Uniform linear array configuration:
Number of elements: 48
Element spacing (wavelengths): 0.25
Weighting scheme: exponential
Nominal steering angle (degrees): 30
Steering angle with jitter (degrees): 30.096
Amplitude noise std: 0.05
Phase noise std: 0.05

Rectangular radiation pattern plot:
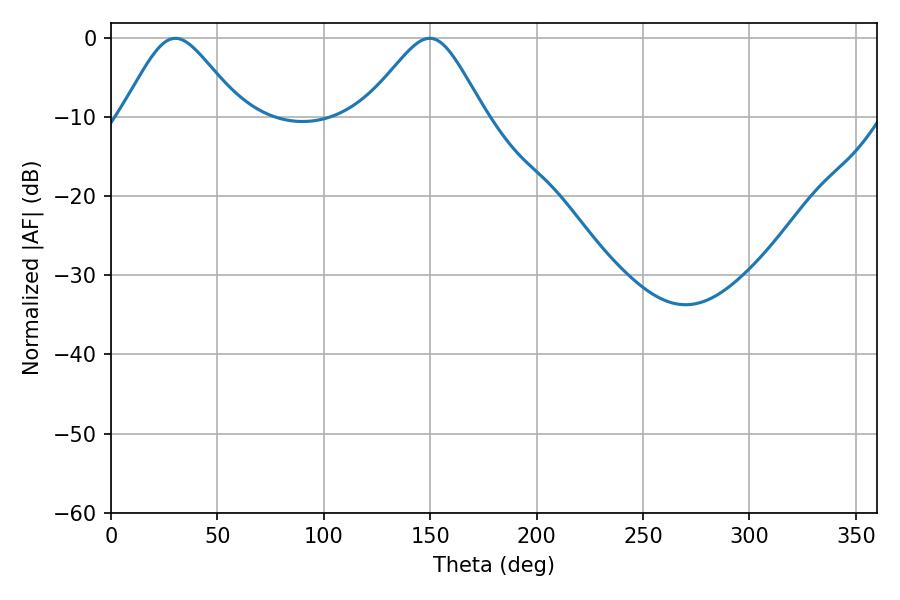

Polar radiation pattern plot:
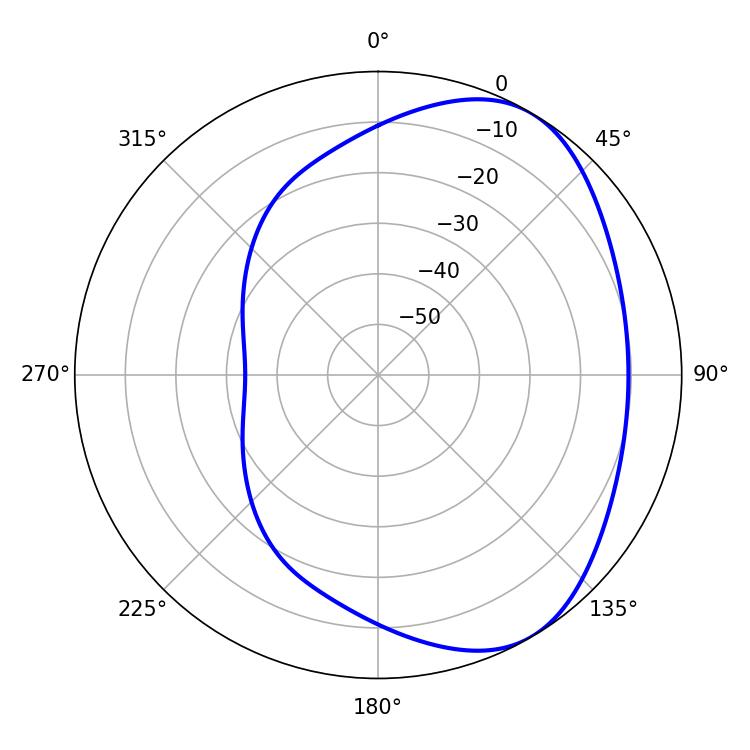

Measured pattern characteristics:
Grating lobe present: FALSE
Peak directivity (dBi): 4.857
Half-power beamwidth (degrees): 27.54
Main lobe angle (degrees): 30.24